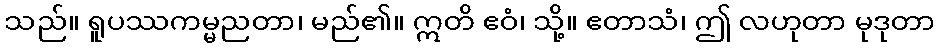
သည်။ ရူပဿကမ္မညတာ၊ မည်၏။ ဣတိ ဧဝံ၊ သို့။ ဧတာသံ၊ ဤ လဟုတာ မုဒုတာ